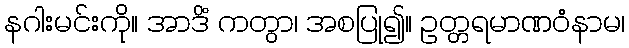
နဂါးမင်းကို။ အာဒိံ ကတွာ၊ အစပြု၍။ ဥတ္တရမာဏဝံနာမ၊